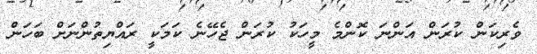
ވެރިކަން ކުރަން އަންނަ ކޮންމެ މީހަކު ކުރަން ޖެހޭނެ ކަމަކީ ރައްޔިތުންނަށް ބަހަން